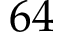
6 4